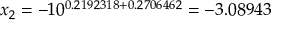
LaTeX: x _ { 2 } = - 1 0 ^ { 0 . 2 1 9 2 3 1 8 + 0 . 2 7 0 6 4 6 2 } = - 3 . 0 8 9 4 3